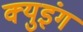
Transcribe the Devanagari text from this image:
क्युइंग